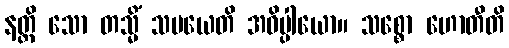
နတ္ထိ သော တသ္မိံ သမယေတိ အဓိပ္ပါယော။ သစ္စော ဟောတီတိ